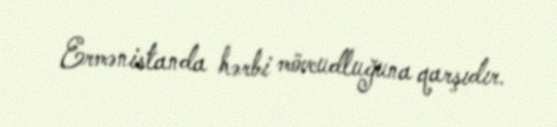
Ermənistanda hərbi mövcudluğuna qarşıdır.